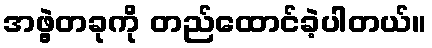
အဖွဲ့တခုကို တည်ထောင်ခဲ့ပါတယ်။